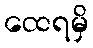
ထေရမှိ